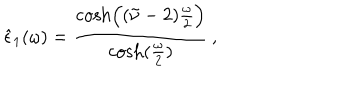
LaTeX: \hat { \epsilon } _ { 1 } ( \omega ) = { \frac { \cosh \Bigl ( ( \tilde { \nu } - 2 ) { \frac { \omega } { 2 } } \Bigr ) } { \cosh ( { \frac { \omega } { 2 } } ) } } \, ,